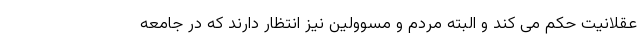
عقلانیت حکم می کند و البته مردم و مسوولین نیز انتظار دارند که در جامعه